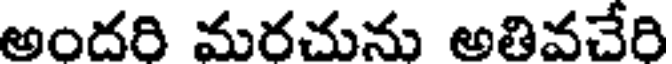
అందరి మరచును అతివచేరి